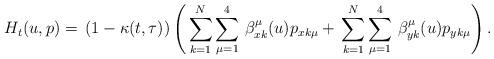
LaTeX: \begin{align*}H_t(u,p)=\,(1-\kappa(t,\tau))\left(\,\sum^{N}_{k=1}\sum^4_{\mu=1}\,\beta^\mu_{x k}(u)p_{x k \mu}+\,\sum^{N}_{k=1}\sum^4_{\mu=1}\,\beta^\mu_{y k}(u)p_{y k \mu}\right).\end{align*}